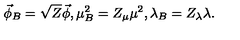
\vec { \phi } _ { B } = \sqrt { Z } \vec { \phi } , \mu _ { B } ^ { 2 } = Z _ { \mu } \mu ^ { 2 } , \lambda _ { B } = Z _ { \lambda } \lambda .